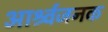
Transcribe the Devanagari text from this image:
आर्श्र्वजनक